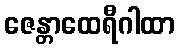
ဇေန္တာထေရီဂါထာ